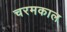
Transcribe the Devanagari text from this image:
चरमकाल